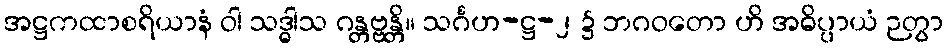
အဋ္ဌကထာစရိယာနံ ဝါ သဒ္ဓါသ ဂန္တဗ္ဗန္တိ။ သင်္ဂဟ-ဋ္ဌ-၂ ၌ ဘဂဝတော ဟိ အဓိပ္ပာယံ ဉတွာ